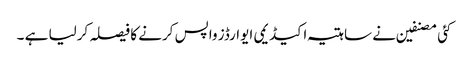
کئی مصنفین نے ساہتیہ اکیڈیمی ایوارڈز واپس کرنے کا فیصلہ کرلیا ہے ۔